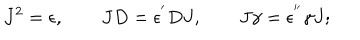
J ^ { 2 } = \epsilon , \qquad J D = \epsilon ^ { ^ { \prime } } D J , \qquad J \gamma = \epsilon ^ { ^ { \prime \prime } } \gamma J ;